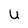
Character: U